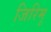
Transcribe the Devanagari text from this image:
जिरिमू